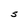
Character: S